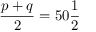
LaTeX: { \frac { p + q } { 2 } } = 5 0 { \frac { 1 } { 2 } }